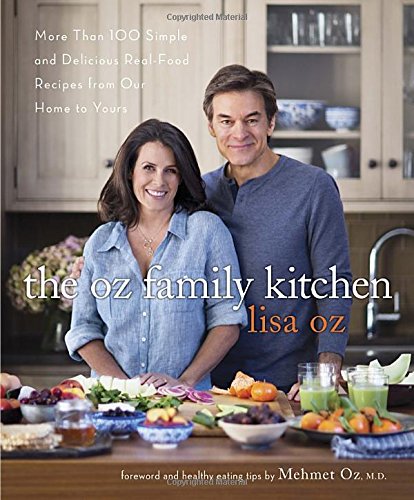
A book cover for The Oz Family Kitchen: More Than 100 Simple and Delicious Real-Food Recipes from Our Home to Yours; Lisa Oz; Cookbooks, Food & Wine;